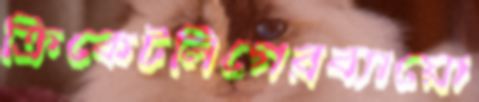
ক্রিকেটলিগেরব্যায়ো